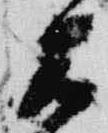
大